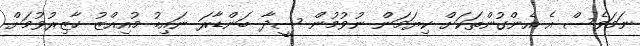
ނަމަވެސް އެ އެންގުންތަކަށް ކިޔަމަން ނުވުމުން ސީދާ ބަންޑާރަ ނައިބު މުއިއްޒު ހާޒިރުވުމަށް